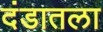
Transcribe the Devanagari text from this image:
दंडातला